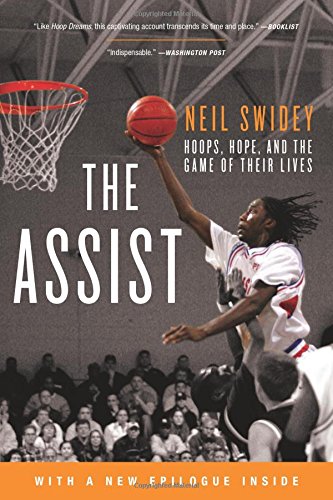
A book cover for The Assist: Hoops, Hope, and the Game of Their Lives; Neil Swidey; Sports & Outdoors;